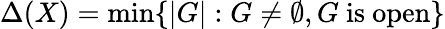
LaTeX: \Delta(X)=\operatorname*{min}\{ |G|:G\neq\emptyset,G{\mathrm{~is~open}}\}